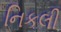
નિકલી